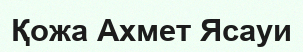
Қожа Ахмет Ясауи